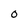
Character: O